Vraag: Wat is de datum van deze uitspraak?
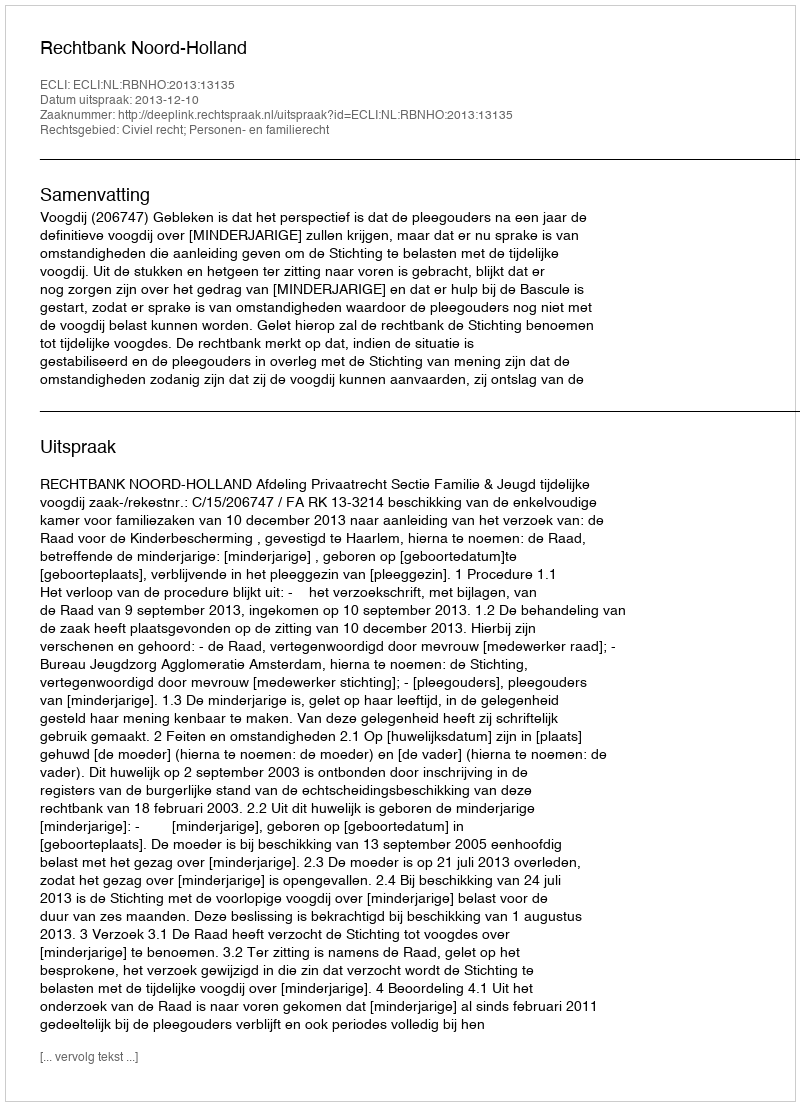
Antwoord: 2013-12-10